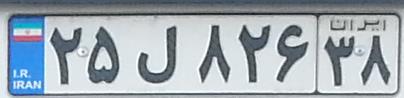
۲۵ل۸۲۶۳۸